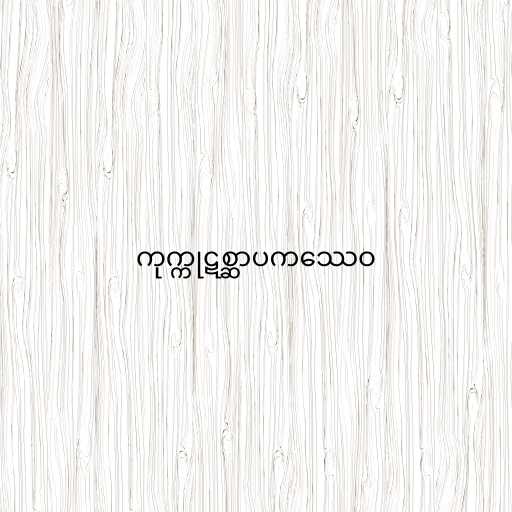
ကုက္ကုဋစ္ဆာပကဿေဝ